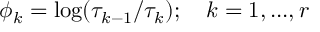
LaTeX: \phi _ { k } = \log ( \tau _ { k - 1 } / \tau _ { k } ) ; \quad k = 1 , . . . , r